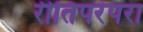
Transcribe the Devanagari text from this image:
रीतिपरंपरा